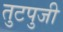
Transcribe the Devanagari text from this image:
तुटपुजी